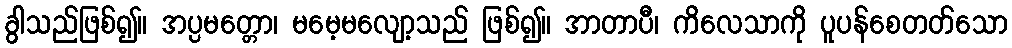
ခွါသည်ဖြစ်၍။ အပ္ပမတ္တော၊ မမေ့မလျော့သည် ဖြစ်၍။ အာတာပီ၊ ကိလေသာကို ပူပန်စေတတ်သော